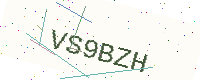
Text: VS9BZH